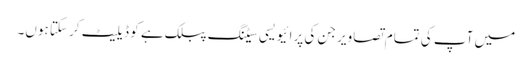
میں آپ کی تمام تصاویر جن کی پرائیویسی سیٹنگ پبلک ہے کو ڈیلیٹ کر سکتا ہوں۔